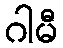
ဂါမီ